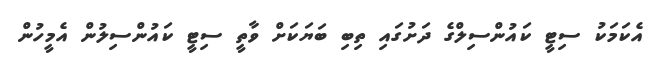
އެކަމަކު ސިޓީ ކައުންސިލްގެ ދަށުގައި ތިބި ބަޔަކަށް ވާތީ ސިޓީ ކައުންސިލުން އެމީހުން